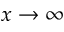
x \rightarrow \infty